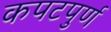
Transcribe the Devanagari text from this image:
कपटपुर्ण